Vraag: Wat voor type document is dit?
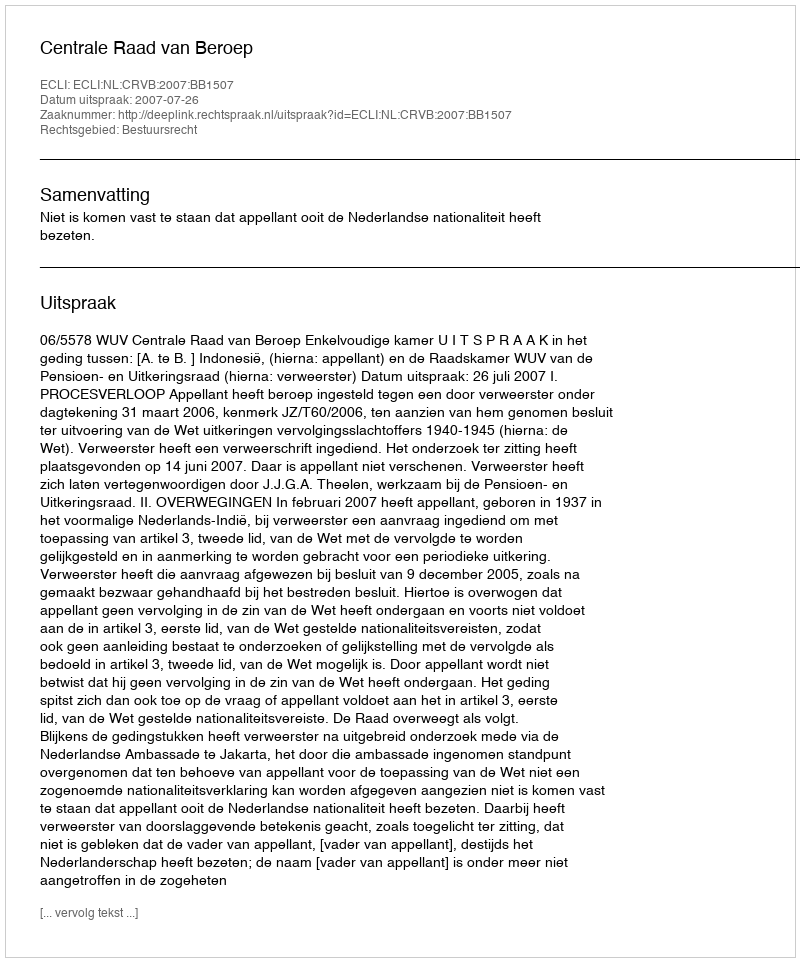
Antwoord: Uitspraak